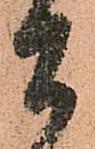
間